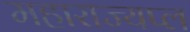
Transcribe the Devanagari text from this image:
महाराज्यप्ल